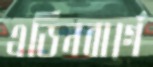
এডিনবার্গে